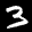
Label: 3